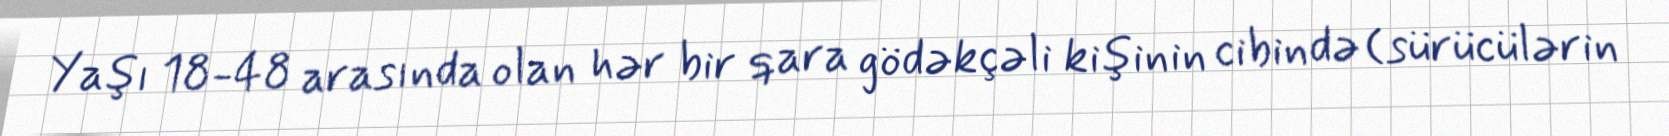
Yaşı 18-48 arasında olan hər bir qara gödəkçəli kişinin cibində (sürücülərin